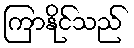
ကြာနိုင်သည်